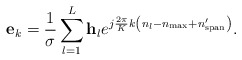
\begin{align*} {{\bf{e}}_k} = \frac{1}{{ \sigma }}\sum\limits_{l = 1}^L {{{\bf{h}}_l}{e^{j\frac{{2\pi }}{K}k\left( {{n_l} - {n_{\max }} + {n'_{{\rm{span}}}}} \right)}}}. \end{align*}